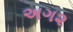
અગ૨